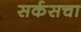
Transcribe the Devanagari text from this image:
सर्कसचा